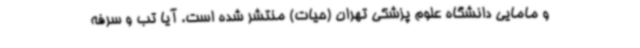
و مامایی دانشگاه علوم پزشکی تهران (حیات) منتشر شده است. آیا تب و سرفه